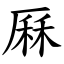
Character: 厤